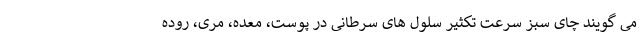
می گویند چای سبز سرعت تکثیر سلول های سرطانی در پوست، معده، مری، روده